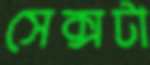
সেক্সটা